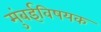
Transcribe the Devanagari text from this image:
मुंबईविषयक